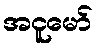
အငူမော်